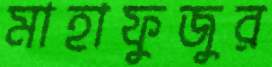
মাহাফুজুর